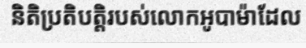
និតិប្រតិបត្តិរបស់លោកអូបាម៉ាដែល